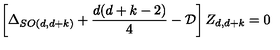
\left[ \Delta _ { S O ( d , d + k ) } + \frac { d ( d + k - 2 ) } { 4 } - { \cal { D } } \right] Z _ { d , d + k } = 0